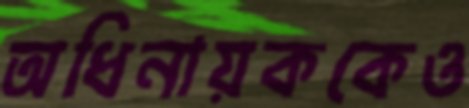
অধিনায়ককেও